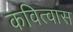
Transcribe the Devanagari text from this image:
कवित्वास